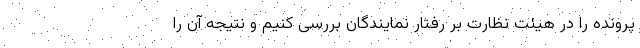
پرونده را در هیئت نظارت بر رفتار نمایندگان بررسی کنیم و نتیجه آن را